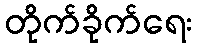
တိုက်ခိုက်ရေး